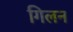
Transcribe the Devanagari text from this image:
गिलन